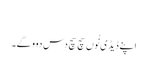
‏
اپنے ڈیڈی نُوں سچ سچ دس دوو گے۔